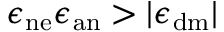
\epsilon _ { \mathrm { n e } } \epsilon _ { \mathrm { a n } } > | \epsilon _ { \mathrm { d m } } |